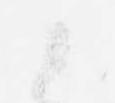
候